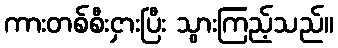
ကားတစ်စီးငှားပြီး သွားကြည့်သည်။